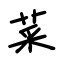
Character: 菜